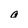
Character: a